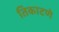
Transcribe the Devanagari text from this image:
तिकाटणे